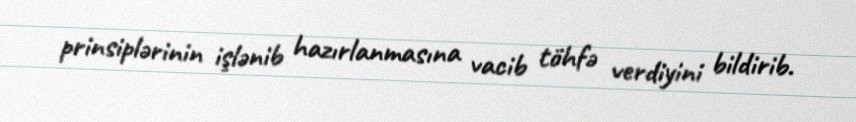
prinsiplərinin işlənib hazırlanmasına vacib töhfə verdiyini bildirib.